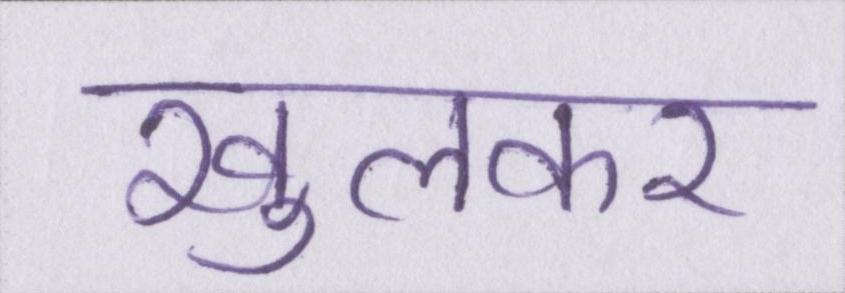
खुलकर